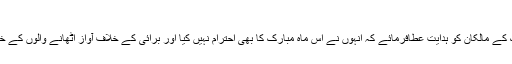
اللہ ہمارے حکمرانوں ، میڈیا
کےمالکان اورکیبلزنیٹ ورک کے مالکان کو ہدایت عطافرمائے کہ انہوں نے اس ماہ مبارک کا بھی احترام نہیں کیا اور بُرائی کے خلاف آواز اٹھانے والوں کے خلاف سب اکھٹے ہوگئے ہیں ۔